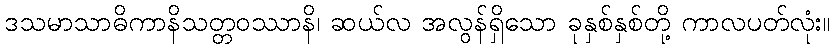
ဒသမာသာဓိကာနိသတ္တဝဿာနိ၊ ဆယ်လ အလွန်ရှိသော ခုနှစ်နှစ်တို့ ကာလပတ်လုံး။